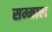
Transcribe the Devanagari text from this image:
सम्माल